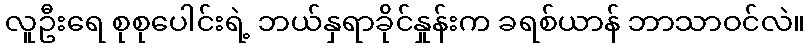
လူဦးရေ စုစုပေါင်းရဲ့ ဘယ်နှရာခိုင်နှုန်းက ခရစ်ယာန် ဘာသာဝင်လဲ။